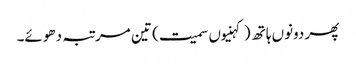
پھر دونوں ہاتھ (کہنیوں سمیت) تین مرتبہ دھوئے۔